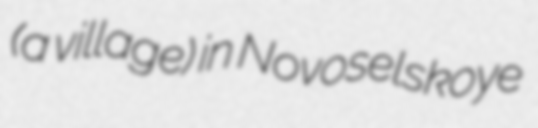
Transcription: (a village) in Novoselskoye